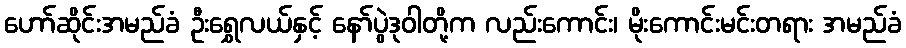
ဟော်ဆိုင်းအမည်ခံ ဦးရွှေလယ်နှင့် နော်ပွဲဒုဝါတို့က လည်းကောင်း၊ မိုးကောင်းမင်းတရား အမည်ခံ